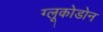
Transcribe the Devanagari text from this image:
ग्लूकोडोन